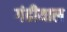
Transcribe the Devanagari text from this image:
गंढीयाल